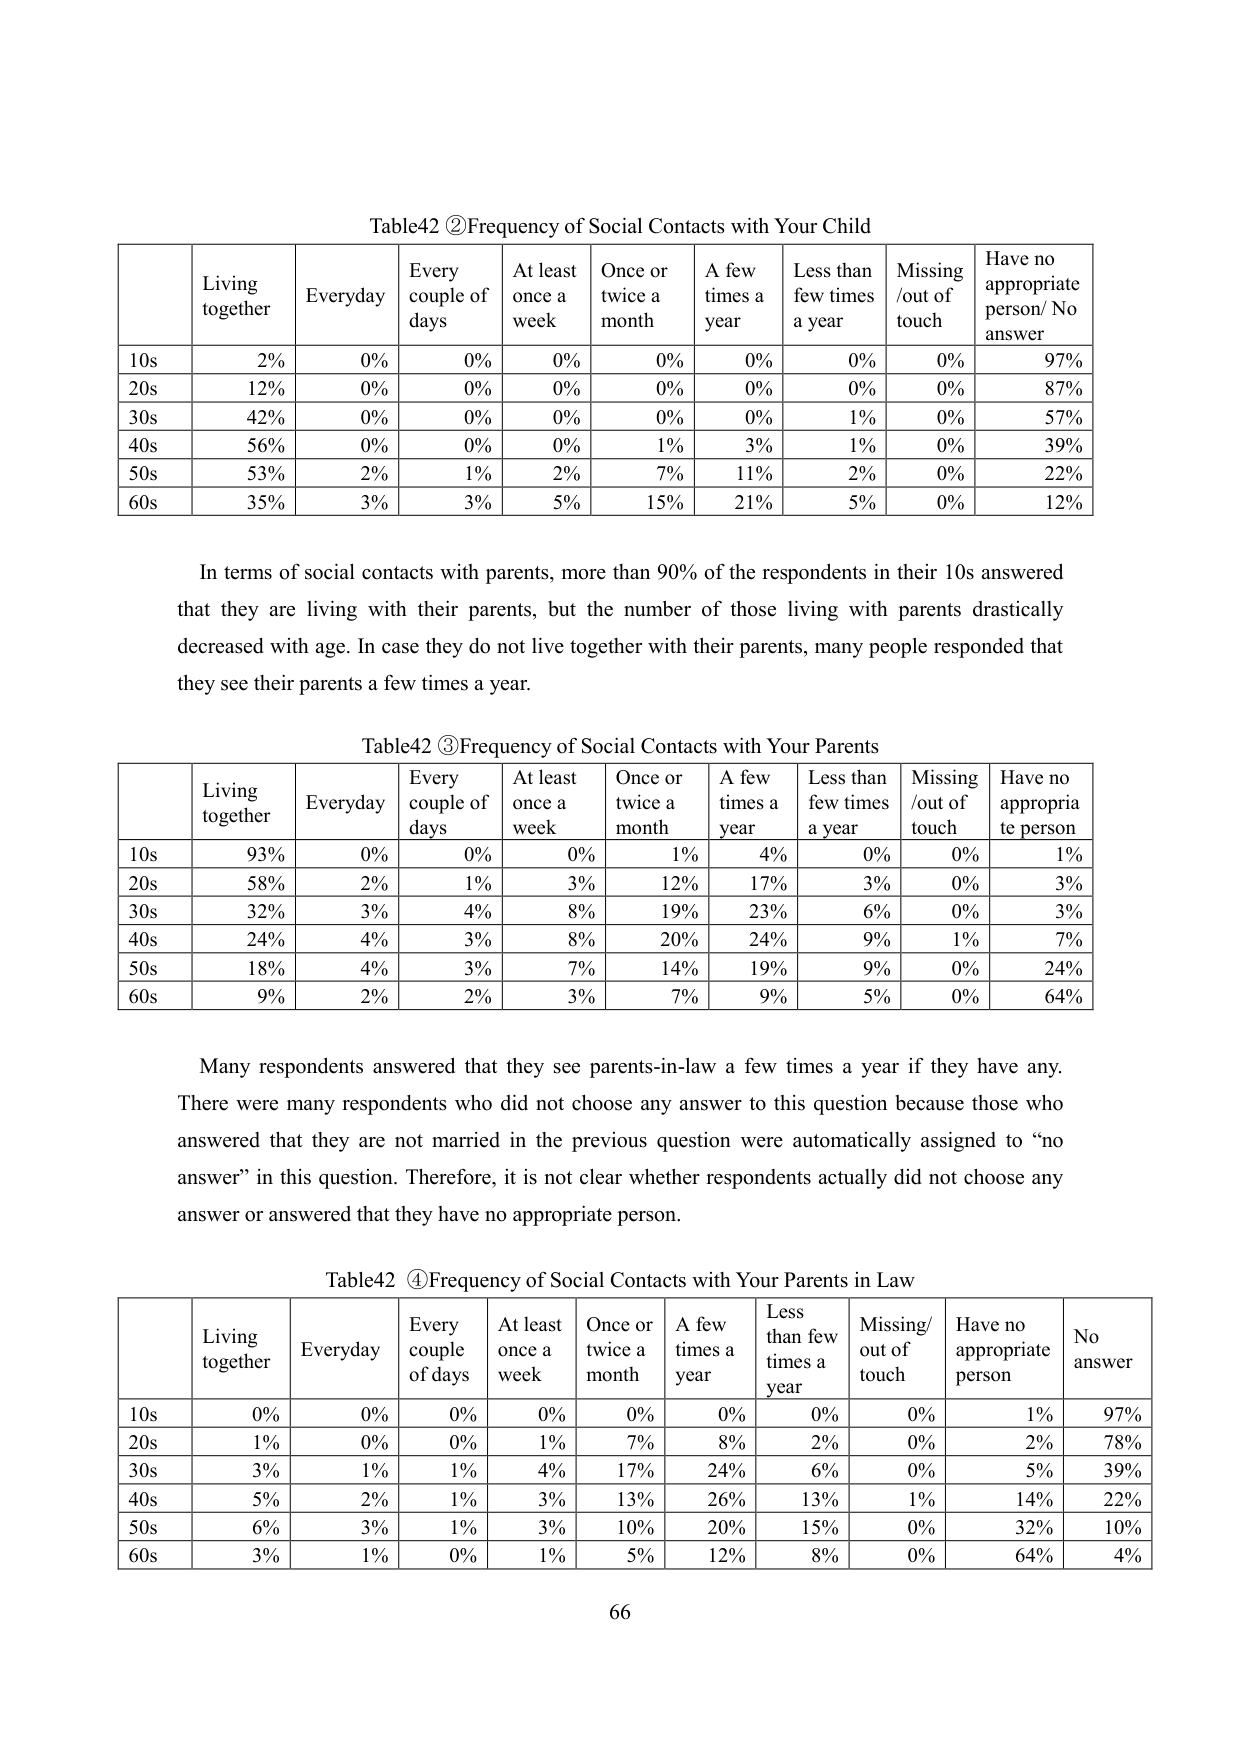
Table42 ②Frequency of Social Contacts with Your Child
Living together Everyday Every couple of days At least once a week Once or twice a month A few times a year Less than few times a year Missing /out of touch Have no appropriate person/ No answer
10s 2% 0% 0% 0% 0% 0% 0% 0% 97%
20s 12% 0% 0% 0% 0% 0% 0% 0% 87%
30s 42% 0% 0% 0% 0% 0% 1% 0% 57%
40s 56% 0% 0% 0% 1% 3% 0% 0% 39%
50s 53% 2% 1% 2% 7% 11% 2% 0% 22%
60s 35% 3% 3% 5% 15% 21% 5% 0% 12%

In terms of social contacts with parents, more than 90% of the respondents in their 10s answered that they are living with their parents, but the number of those living with parents drastically decreased with age. In case they do not live together with their parents, many people responded that they see their parents a few times a year.

Table42 ③Frequency of Social Contacts with Your Parents
Living together Everyday Every couple of days At least once a week Once or twice a month A few times a year Less than few times a year Missing /out of touch Have no appropriate person
10s 93% 0% 0% 0% 1% 4% 0% 0% 1%
20s 58% 2% 1% 3% 12% 17% 3% 0% 3%
30s 32% 3% 4% 8% 19% 23% 6% 0% 3%
40s 24% 4% 3% 8% 20% 24% 9% 1% 7%
50s 18% 4% 3% 7% 14% 19% 9% 0% 24%
60s 9% 2% 2% 3% 7% 9% 5% 0% 64%

Many respondents answered that they see parents-in-law a few times a year if they have any. There were many respondents who did not choose any answer to this question because those who answered that they are not married in the previous question were automatically assigned to “no answer” in this question. Therefore, it is not clear whether respondents actually did not choose any answer or answered that they have no appropriate person.

Table42 ④Frequency of Social Contacts with Your Parents in Law
Living together Everyday Every couple of days At least once a week Once or twice a month A few times a year Less than few times a year Missing/ out of touch Have no appropriate person No answer
10s 0% 0% 0% 0% 0% 0% 0% 0% 1% 97%
20s 1% 0% 0% 1% 7% 8% 2% 0% 2% 78%
30s 3% 1% 1% 4% 17% 24% 6% 0% 5% 39%
40s 5% 2% 1% 3% 13% 26% 13% 1% 14% 22%
50s 6% 3% 1% 3% 10% 20% 15% 0% 32% 10%
60s 3% 1% 0% 1% 5% 12% 8% 0% 64% 4%

66